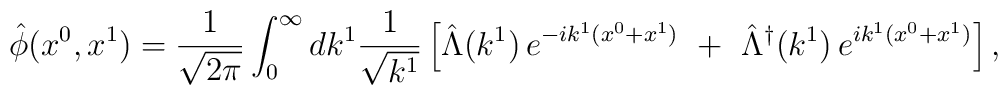
\hat{\phi} (x^{0},x^{1}) = \frac{1}{\sqrt{2\pi }} \int _{0}^{\infty} dk^{1}\frac{1}{\sqrt{k^{1}}} \left[ \hat{\Lambda}(k^{1})\,e^{-ik^{1}(x^{0}+x^{1})}\,\,+\,\,\hat{\Lambda}^{\dagger}(k^{1})\,e^{ik^{1}(x^{0}+x^{1})} \right],